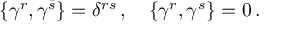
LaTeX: \{ \gamma ^ { r } , \gamma ^ { \bar { s } } \} = \delta ^ { r s } \, , \quad \{ \gamma ^ { r } , \gamma ^ { s } \} = 0 \, .